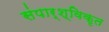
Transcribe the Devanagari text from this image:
संपार्श्विकृत